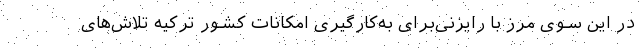
در این سوی مرز با رایزنی‌برای به‌کارگیری امکانات کشور ترکیه تلاش‌های